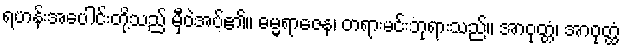
ရဟန်းအပေါင်းတို့သည် မှီဝဲအပ်၏။ ဓမ္မရာဇေန၊ တရားမင်းဘုရားသည်။ အာဝုတ္တံ၊ အာဝုတ္ထံ